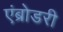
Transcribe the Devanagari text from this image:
एंब्रोडरी